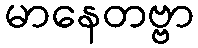
မာနေတဗ္ဗာ